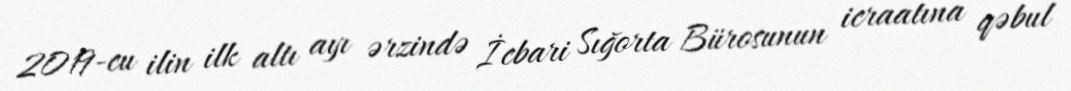
2019-cu ilin ilk altı ayı ərzində İcbari Sığorta Bürosunun icraatına qəbul